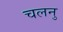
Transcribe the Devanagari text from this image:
चलनु